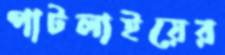
পাটলাইয়ের